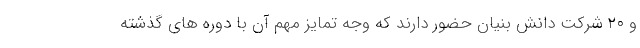
و ۲۰ شرکت دانش بنیان حضور دارند که وجه تمایز مهم آن با دوره های گذشته